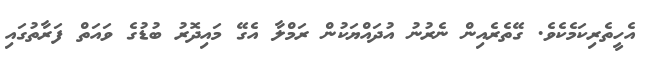
އެހީތެރިކަމެކެވެ. ގޭތެރެއިން ނެރުނު އުދައްޔަކުން ރަމްލާ އެގޭ މައިދޮރު ބުޑުގެ ވައަތް ފަރާތުގައި